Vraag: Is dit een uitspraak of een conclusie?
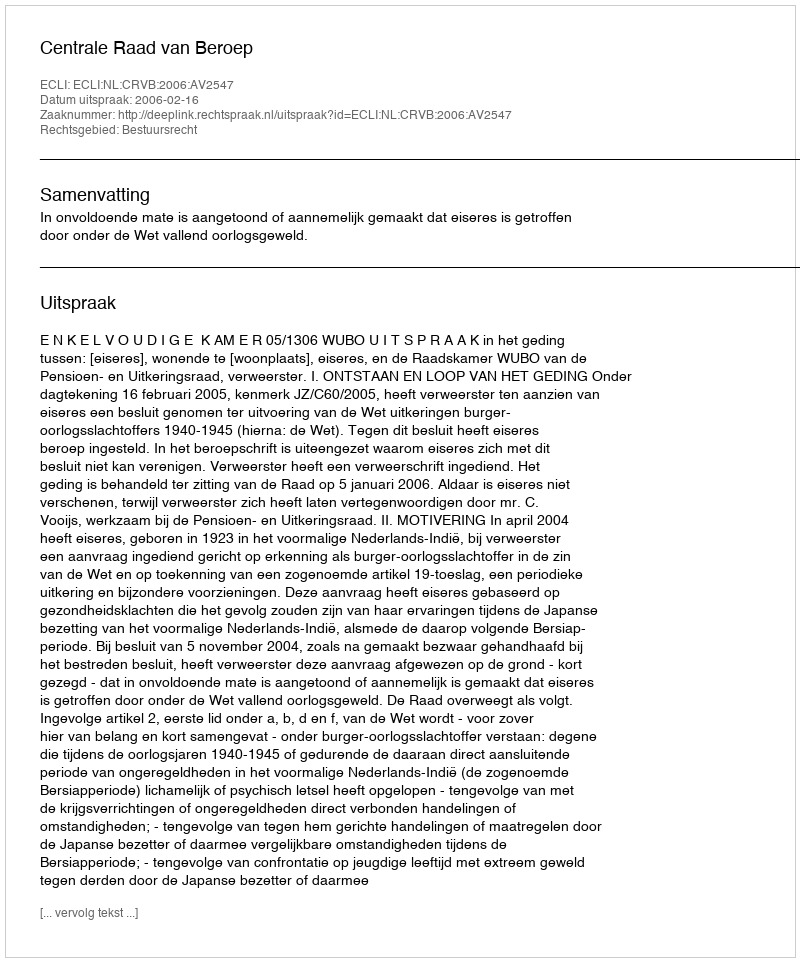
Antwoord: Uitspraak